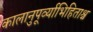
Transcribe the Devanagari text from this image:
कालानुपूर्व्याभिहिताश्च